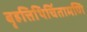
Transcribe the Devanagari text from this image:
बृहत्तिथिचिंतामणि